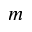
m